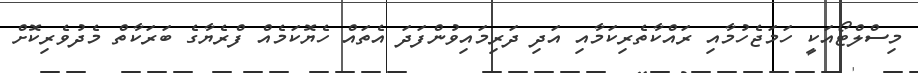
މިސްލްޓޯއަކީ ހަމަޖެހުމާއި ރައްކާތެރިކަމާއި އަދި ދަރިމައިވުންފަދަ އެތައް ހެޔޮކަމެއް ފްރެޔާގެ ބަރަކާތް މެދުވެރިކޮށް